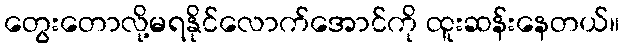
တွေးတောလို့မရနိုင်လောက်အောင်ကို ထူးဆန်းနေတယ်။